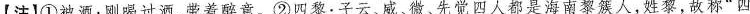
【注】①被酒：刚喝过酒，带着醉意。②四黎：子云、威。微、先觉四人都是海南黎族人，姓黎，故称”四